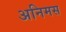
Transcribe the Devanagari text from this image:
अनिमस